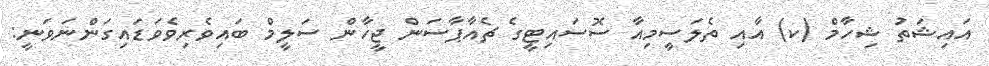
އައިޝަތު ޝިހާމް (ކ) އާއި ތެލަސީމިއާ ސޮސައިޓީގެ ޗެއާޕާސަން ޖީހާން ސަލީމް ބައިވެރިވެވަޑައިގަންނަވަނީ: